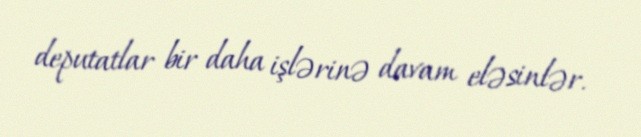
deputatlar bir daha işlərinə davam eləsinlər.